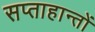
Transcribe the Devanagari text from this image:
सप्ताहान्तों